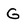
Character: G